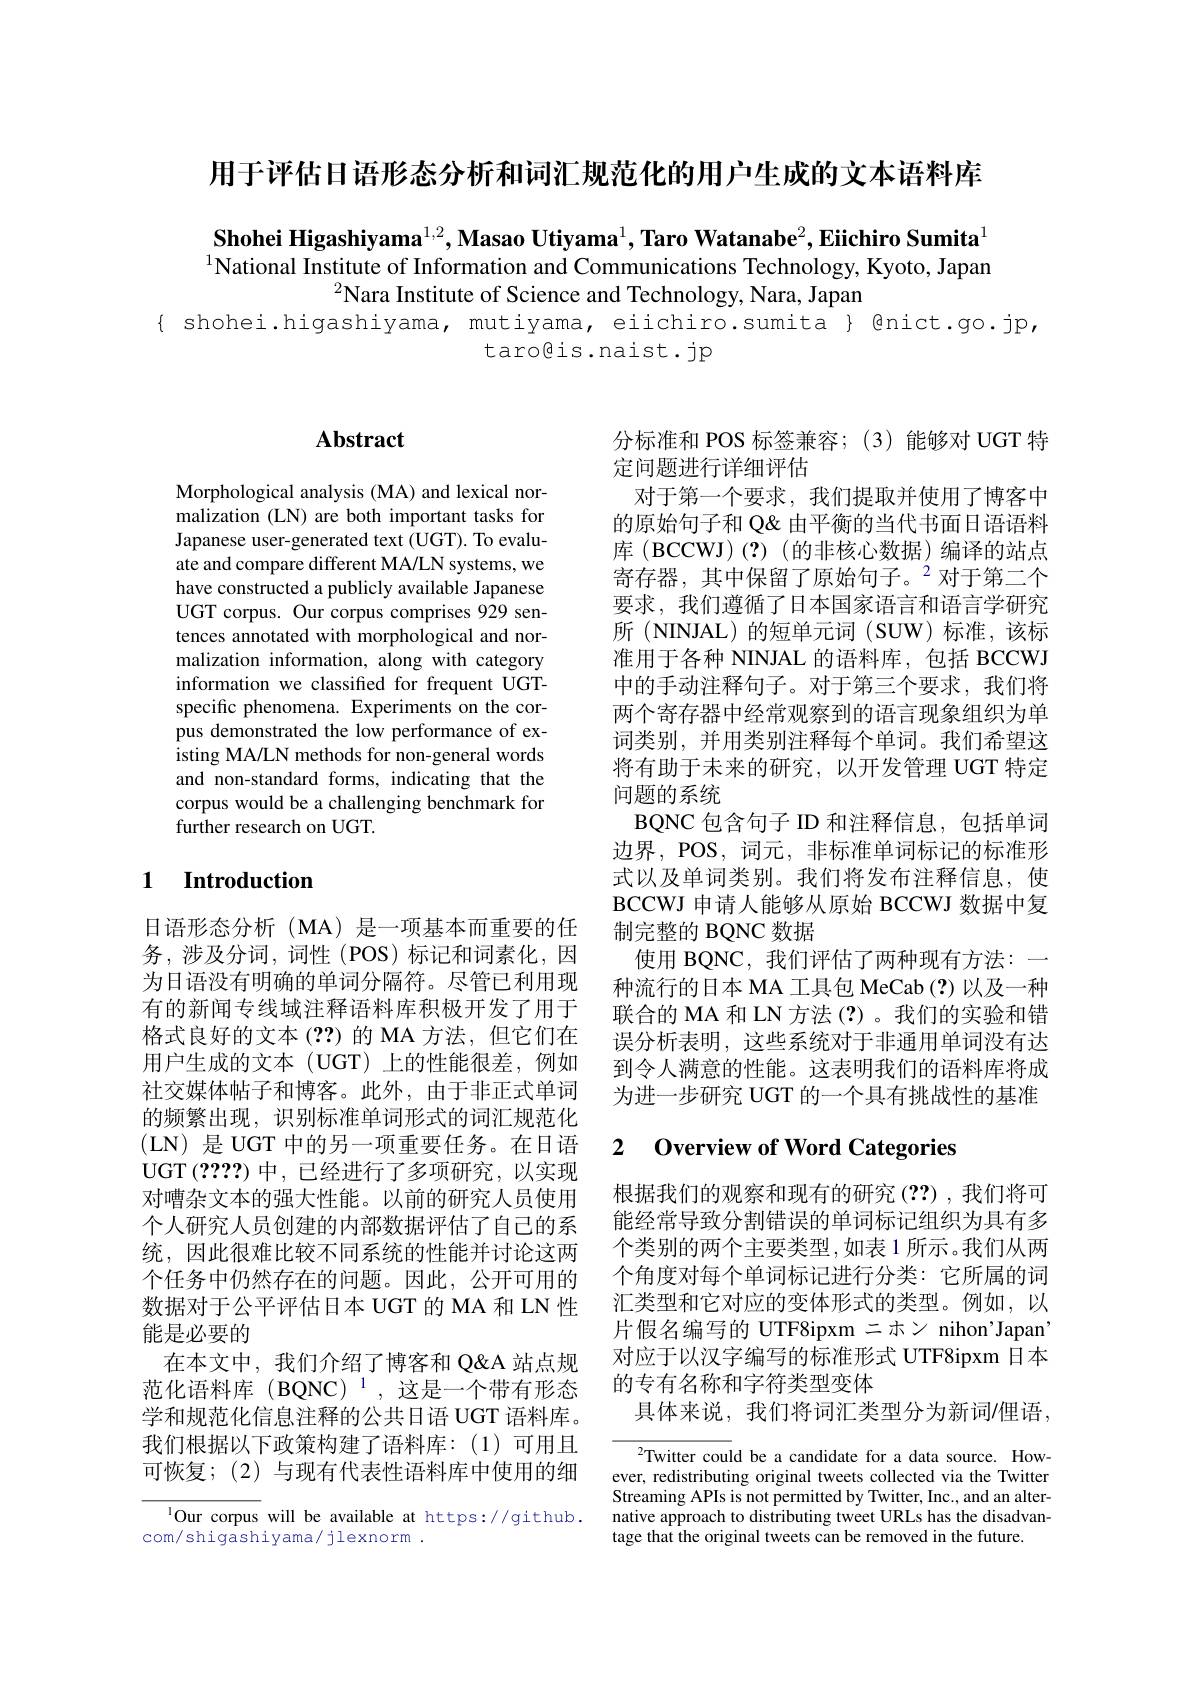
用于评估日语形态分析和词汇规范化的用户生成的文本语料库

$\textbf{Shohei Higashiyama}^{1,2},\textbf{Masao Utiyama}^{1},\textbf{Taro Watanabe}^{2},\textbf{Eiichiro Sumita}^{1}$ $^{1}$National Institute of Information and Communications Technology, Kyoto, Japan
$^{2}$Nara Institute of Science and Technology, Nara, Japan
{ shohei.higashiyama, mutiyama, eiichiro.sumita } @nict.go.jp,
## taro@is.naist.jp

## $\mathbf{Abstract}$

Morphological analysis (MA) and lexical normalization (LN) are both important tasks for Japanese user-generated text (UGT). To evaluate and compare different MA/LN systems, we have constructed a publicly available Japanese UGT corpus. Our corpus comprises 929 sentences annotated with morphological and normalization information, along with category information we classified for frequent UGTspecific phenomena. Experiments on the corpus demonstrated the low performance of existing MA/LN methods for non-general words and non-standard forms, indicating that the corpus would be a challenging benchmark for further research on UGT.

### 1 Introduction

日语形态分析(MA)是一项基本而重要的任务，涉及分词，词性(POS)标记和词素化，因为日语没有明确的单词分隔符。尽管已利用现有的新闻专线域注释语料库积极开发了用于格式良好的文本(??)的 MA 方法，但它们在用户生成的文本(UGT)上的性能很差，例如社交媒体帖子和博客。此外，由于非正式单词的频繁出现，识别标准单词形式的词汇规范化(LN) 是 UGT 中的另一项重要任务。在日语UGT (2????)中，已经进行了多项研究，以实现对嘈杂文本的强大性能。以前的研究人员使用个人研究人员创建的内部数据评估了自己的系统，因此很难比较不同系统的性能并讨论这两个任务中仍然存在的问题。因此，公开可用的数据对于公平评估日本 UGT 的 MA 和 LN 性能是必要的
在本文中，我们介绍了博客和 Q'athing 范化语料库(BQNC)$^1$,这是一个带有形态学和规范化信息注释的公共日语 UGT 语料库。我们根据以下政策构建了语料库：(1)可用且可恢复；(2)与现有代表性语料库中使用的细

$^{1}$Our corpus will be available at https://github.
com/shigashiyama/jlexnorm.

分标准和 POS 标签兼容；(3)能够对 UGT 特
定问题进行详细评估
对于第一个要求，我们提取并使用了博客中的原始句子和 Q&由平衡的当代书面日语语料库(BCCWJ)(?)(的非核心数据)编译的站点寄存器，其中保留了原始句子。$^2$对于第二个要求，我们遵循了日本国家语言和语言学研究所 (NINJAL)的短单元词 (SUW)标准，该标准用于各种 NINJAL 的语料库，包括 BCCWJ 中的手动注释句子。对于第三个要求，我们将两个寄存器中经常观察到的语言现象组织为单词类别，并用类别注释每个单词。我们希望这将有助于未来的研究，以开发管理 UGT 特定问题的系统
BQNC 包含句子 ID 和注释信息，包括单词边界，POS,词元，非标准单词标记的标准形式以及单词类别。我们将发布注释信息，使BCCWJ 申请人能够从原始 BCCWJ 数据中复制完整的 BQNC 数据
使用 BQNC, 我们评估了两种现有方法：一种流行的日本 MA 工具包 MeCab (?) 以及一种联合的 MA 和 LN 方法 (?)。我们的实验和错误分析表明，这些系统对于非通用单词没有达到令人满意的性能。这表明我们的语料库将成为进一步研究 UGT 的一个具有挑战性的基准

## 2 $\textbf{Overview of Word Categories}$

根据我们的观察和现有的研究 (??),我们将可能经常导致分割错误的单词标记组织为具有多个类别的两个主要类型，如表 1 所示。我们从两个角度对每个单词标记进行分类：它所属的词汇类型和它对应的变体形式的类型。例如，以片假名编写的 UTF8ipxm 二ホン nihon'Japan' 对应于以汉字编写的标准形式 UTF8ipxm 日本的专有名称和字符类型变体
具体来说，我们将词汇类型分为新词/俚语，

$^2$Twitter could be a candidate for a data source. However, redistributing original tweets collected via the Twitter Streaming APIs is not permitted by Twitter, Inc., and an alternative approach to distributing tweet URLs has the disadvantage that the original tweets can be removed in the future